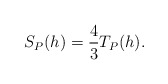
\begin{align*} \begin{aligned} S_P(h)=\frac{4}{3}T_P(h). \end{aligned} \end{align*}